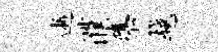
逝濮隳越